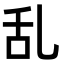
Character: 乱